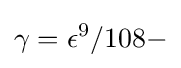
\gamma =\epsilon ^{9}/108-